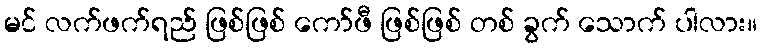
မင် လက်ဖက်ရည် ဖြစ်ဖြစ် ကော်ဖီ ဖြစ်ဖြစ် တစ် ခွက် သောက် ပါလား။